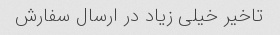
تاخیر خیلی زیاد در ارسال سفارش